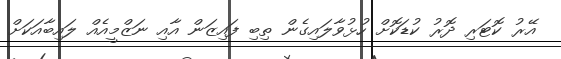
އޭރު ކޮޓަރި ދޮރު ކުޑަކޮށް ހުޅުވާލައިގެން ތިބި ފައިޒަން އާއި ނަޒްމީއެއް ލައިބާއަކަށް